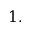
1 .